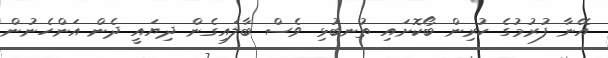
އޭނާ ފުރުމުގެ ކުރިން ބޯކޮށައި ތުނބުޅި ވެސް ބާލައިގެން ދިޔައީ ދެން އަންހެނުން